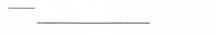
-________